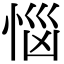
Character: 𢚰